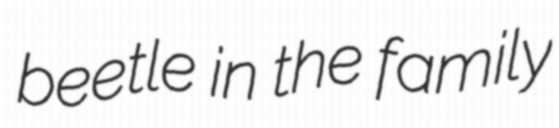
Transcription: beetle in the family